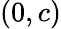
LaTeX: (0,c)